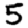
Digit: 5